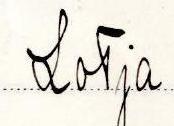
Lotja